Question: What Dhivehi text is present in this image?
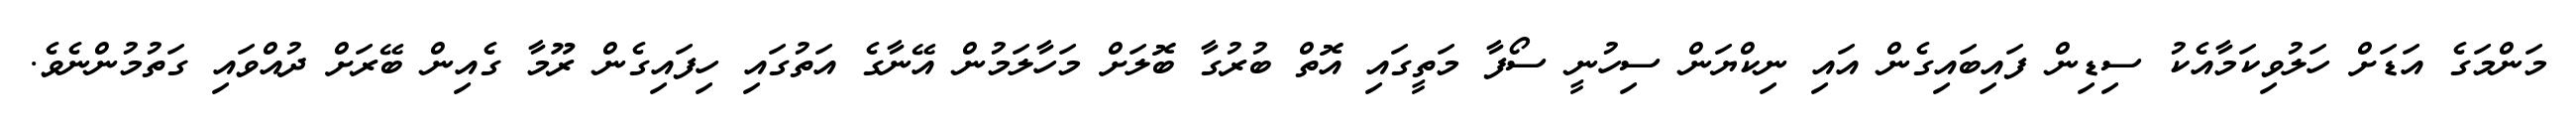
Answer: މަންމަގެ އަޑަށް ހަލުވިކަމާއެކު ސިޑިން ފައިބައިގެން އައި ނިކްޔަން ސިހުނީ ސޯފާ މަތީގައި އޮތް ބުރުގާ ބޮލަށް މަހާލަމުން އޭނާގެ އަތުގައި ހިފައިގެން ރޫމާ ގެއިން ބޭރަށް ދުއްވައި ގަތުމުންނެވެ.